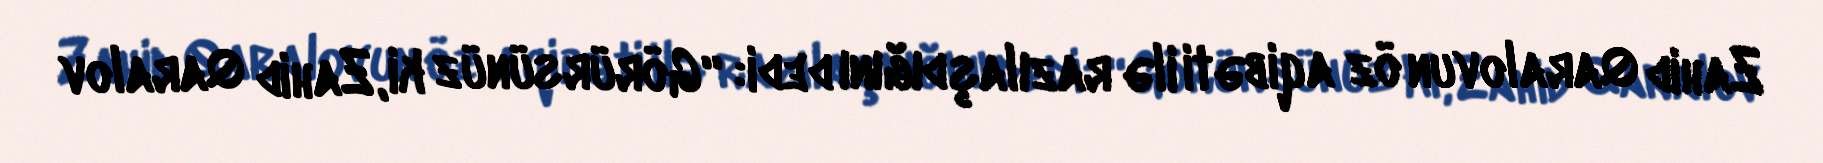
Zahid Qaralovun öz aqibəti ilə razılaşdığını dedi: “Görürsünüz ki, Zahid Qaralov